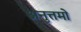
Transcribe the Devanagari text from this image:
अनुत्तमो